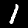
Label: 1